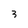
Character: 3